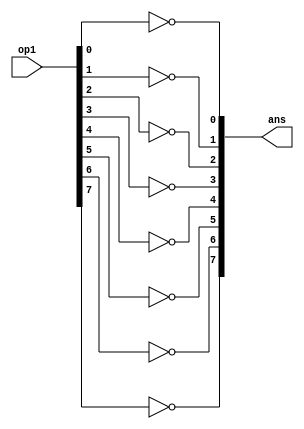
`timescale 1ns/1ps

module bit_not(input[7:0] op1, output[7:0] ans);

	// Bitwise NOT of an 8-bit binary number

	not(ans[0], op1[0]);
	not(ans[1], op1[1]);
	not(ans[2], op1[2]);
	not(ans[3], op1[3]);
	not(ans[4], op1[4]);
	not(ans[5], op1[5]);
	not(ans[6], op1[6]);
	not(ans[7], op1[7]);
	
endmodule